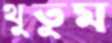
থুতুম